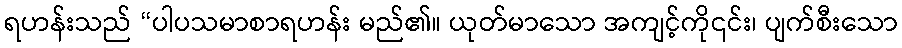
ရဟန်းသည် “ပါပသမာစာရဟန်း မည်၏။ ယုတ်မာသော အကျင့်ကို၎င်း၊ ပျက်စီးသော